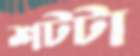
শটটা